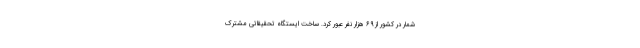
شمار در کشور از ۶۹ هزار نفر عبور کرد. ساخت ایستگاه تحقیقاتی مشترک